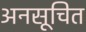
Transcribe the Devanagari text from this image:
अनसूचित